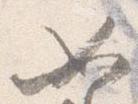
如